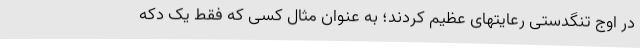
در اوج تنگدستی رعایتهای عظیم کردند؛ به عنوان مثال کسی که فقط یک دکه